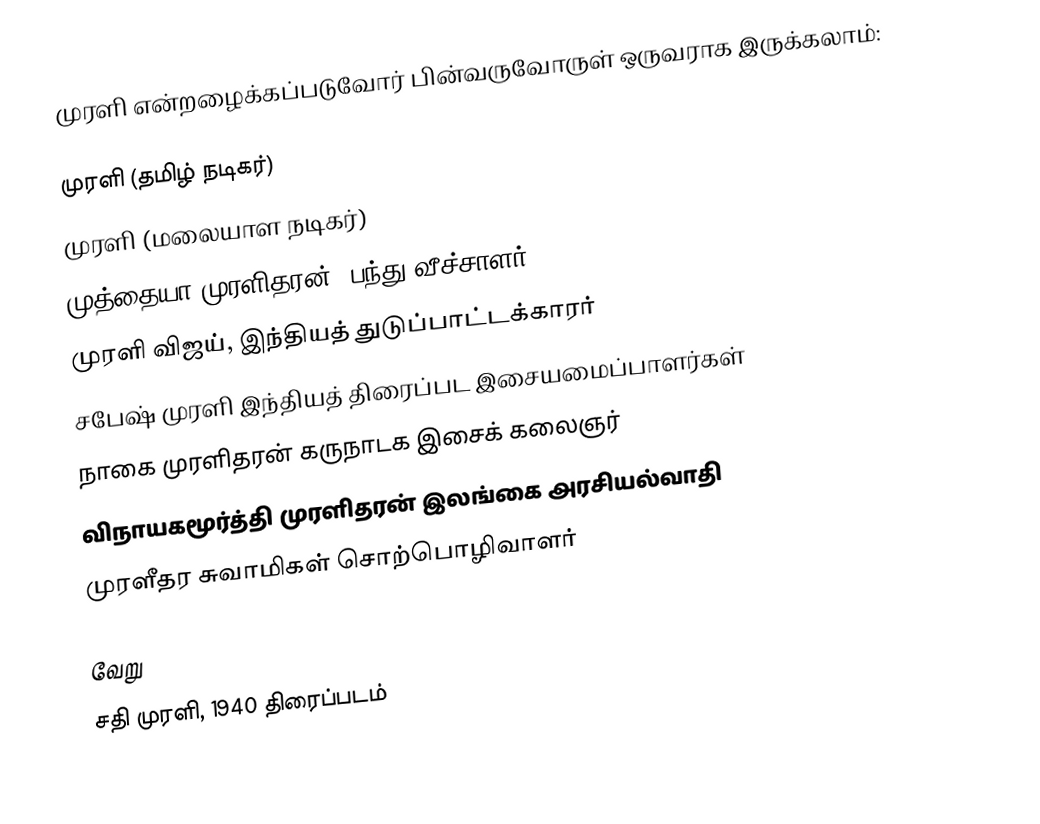
முரளி என்றழைக்கப்படுவோர் பின்வருவோருள் ஒருவராக இருக்கலாம்:

முரளி (தமிழ் நடிகர்)
முரளி (மலையாள நடிகர்)
முத்தையா முரளிதரன், பந்து வீச்சாளர்
முரளி விஜய், இந்தியத் துடுப்பாட்டக்காரர்
சபேஷ் முரளி இந்தியத் திரைப்பட இசையமைப்பாளர்கள்
நாகை முரளிதரன் கருநாடக இசைக் கலைஞர்
விநாயகமூர்த்தி முரளிதரன் இலங்கை அரசியல்வாதி
முரளீதர சுவாமிகள் சொற்பொழிவாளர்

வேறு
சதி முரளி, 1940 திரைப்படம்